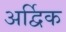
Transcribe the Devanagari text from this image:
अर्द्विक